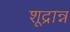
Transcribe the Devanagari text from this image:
शूद्रान्न